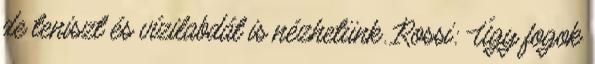
de teniszt és vízilabdát is nézhetünk. Rossi: Úgy fogok